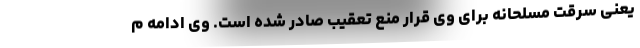
یعنی سرقت مسلحانه برای وی قرار منع تعقیب صادر شده است. وی ادامه م